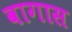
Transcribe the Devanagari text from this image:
वागास